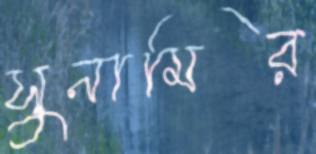
সুনামির